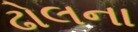
ઢોલના